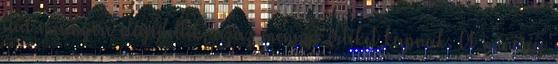
ltal mennyire elégedettek, azaz mennyi értéket kapnak. A minőség